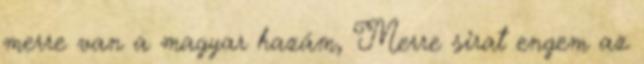
merre van a magyar hazám, Merre sirat engem az